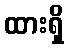
ထားရှိ